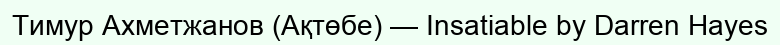
Тимур Ахметжанов (Ақтөбе) — Insatiable by Darren Hayes